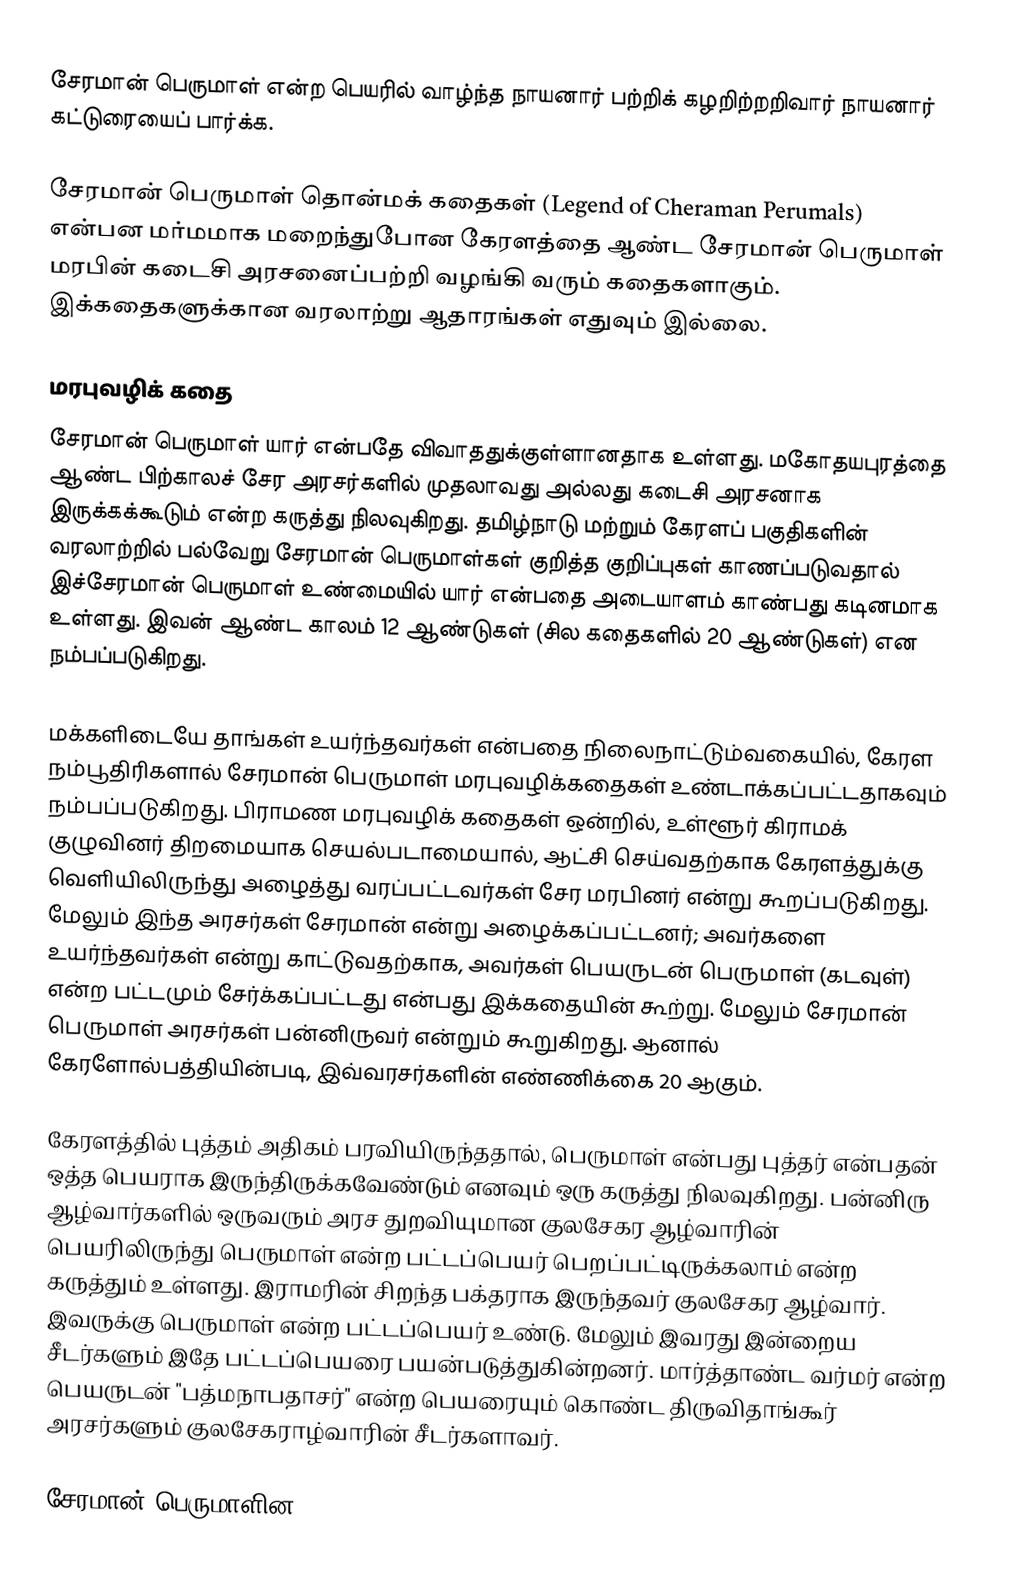
சேரமான் பெருமாள் என்ற பெயரில் வாழ்ந்த நாயனார் பற்றிக் கழறிற்றறிவார் நாயனார் கட்டுரையைப் பார்க்க.

சேரமான் பெருமாள் தொன்மக் கதைகள் (Legend of Cheraman Perumals) என்பன மர்மமாக மறைந்துபோன கேரளத்தை ஆண்ட சேரமான் பெருமாள் மரபின் கடைசி அரசனைப்பற்றி வழங்கி வரும் கதைகளாகும். இக்கதைகளுக்கான வரலாற்று ஆதாரங்கள் எதுவும் இல்லை.

மரபுவழிக் கதை
சேரமான் பெருமாள் யார் என்பதே விவாததுக்குள்ளானதாக உள்ளது. மகோதயபுரத்தை ஆண்ட  பிற்காலச் சேர அரசர்களில் முதலாவது அல்லது கடைசி அரசனாக இருக்கக்கூடும் என்ற கருத்து நிலவுகிறது. தமிழ்நாடு மற்றும் கேரளப் பகுதிகளின் வரலாற்றில் பல்வேறு சேரமான் பெருமாள்கள் குறித்த குறிப்புகள் காணப்படுவதால் இச்சேரமான் பெருமாள் உண்மையில் யார் என்பதை  அடையாளம் காண்பது கடினமாக உள்ளது. இவன் ஆண்ட காலம் 12 ஆண்டுகள் (சில கதைகளில் 20 ஆண்டுகள்) என நம்பப்படுகிறது.

மக்களிடையே தாங்கள் உயர்ந்தவர்கள் என்பதை நிலைநாட்டும்வகையில், கேரள நம்பூதிரிகளால் சேரமான் பெருமாள் மரபுவழிக்கதைகள் உண்டாக்கப்பட்டதாகவும் நம்பப்படுகிறது. பிராமண மரபுவழிக் கதைகள் ஒன்றில், உள்ளூர் கிராமக் குழுவினர் திறமையாக செயல்படாமையால், ஆட்சி செய்வதற்காக கேரளத்துக்கு வெளியிலிருந்து அழைத்து வரப்பட்டவர்கள் சேர மரபினர் என்று கூறப்படுகிறது. மேலும் இந்த அரசர்கள் சேரமான் என்று அழைக்கப்பட்டனர்; அவர்களை உயர்ந்தவர்கள் என்று காட்டுவதற்காக, அவர்கள் பெயருடன் பெருமாள் (கடவுள்) என்ற பட்டமும் சேர்க்கப்பட்டது என்பது இக்கதையின் கூற்று. மேலும் சேரமான் பெருமாள் அரசர்கள் பன்னிருவர் என்றும் கூறுகிறது. ஆனால் கேரளோல்பத்தியின்படி, இவ்வரசர்களின் எண்ணிக்கை 20 ஆகும்.

கேரளத்தில் புத்தம் அதிகம் பரவியிருந்ததால், பெருமாள் என்பது புத்தர் என்பதன் ஒத்த பெயராக இருந்திருக்கவேண்டும் எனவும் ஒரு கருத்து நிலவுகிறது. பன்னிரு ஆழ்வார்களில் ஒருவரும் அரச துறவியுமான குலசேகர ஆழ்வாரின் பெயரிலிருந்து பெருமாள் என்ற பட்டப்பெயர் பெறப்பட்டிருக்கலாம் என்ற கருத்தும் உள்ளது. இராமரின் சிறந்த பக்தராக இருந்தவர் குலசேகர ஆழ்வார். இவருக்கு பெருமாள் என்ற பட்டப்பெயர் உண்டு. மேலும் இவரது இன்றைய சீடர்களும் இதே பட்டப்பெயரை பயன்படுத்துகின்றனர். மார்த்தாண்ட வர்மர் என்ற பெயருடன் "பத்மநாபதாசர்" என்ற பெயரையும் கொண்ட திருவிதாங்கூர் அரசர்களும் குலசேகராழ்வாரின் சீடர்களாவர்.

சேரமான் பெருமாளின